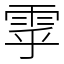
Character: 雽